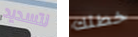
لتسديد خطتك